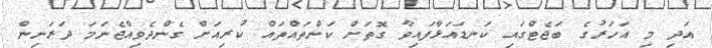
އަދި މި އަހަރުގެ ބަޖެޓްގައި ކަނޑައަޅާފައިވާ ގޮތަށް ކަންތައްތައް ކުރިއަށް ގެންދެވިއްޖެނަމަ ދަރަނިން